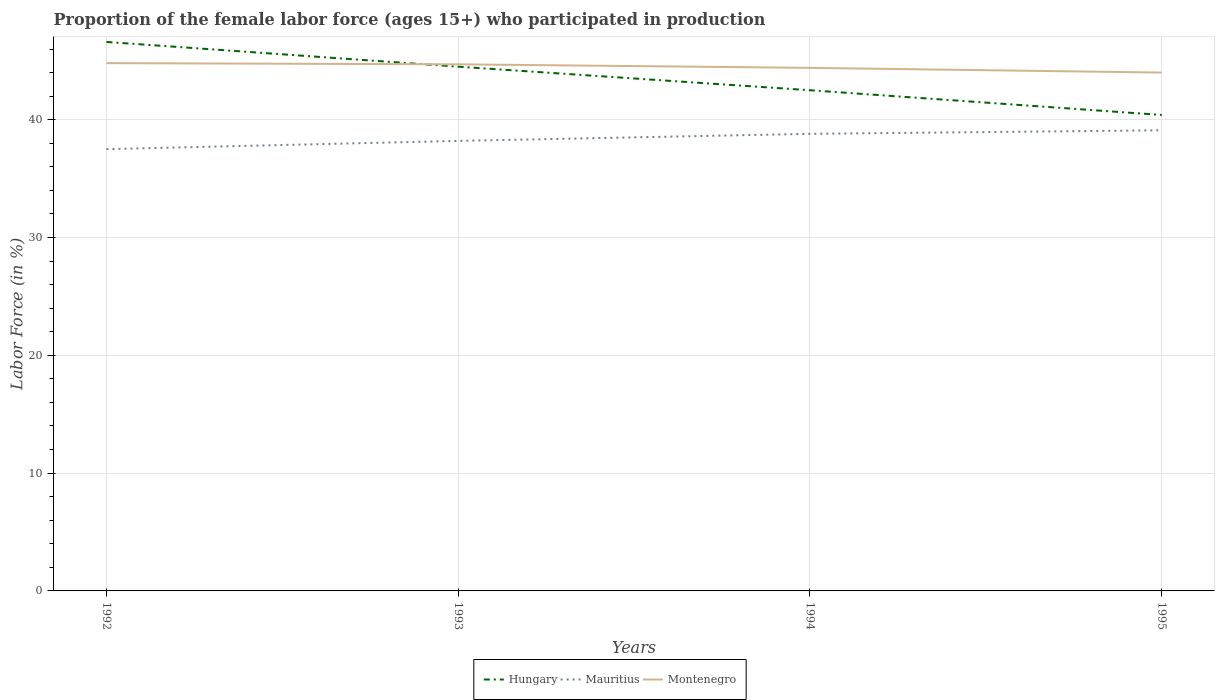
| Years | Hungary | Mauritius | Montenegro |
 | --- | --- | --- | --- |
 | 1992 | 46.6 | 37.5 | 44.8 |
 | 1993 | 44.5 | 38.2 | 44.7 |
 | 1994 | 42.5 | 38.8 | 44.4 |
 | 1995 | 40.4 | 39.1 | 44 |